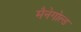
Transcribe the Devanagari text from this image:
मैनेगोल्ड